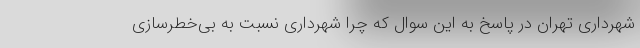
شهرداری تهران در پاسخ به این سوال که چرا شهرداری نسبت به بی‌خطرسازی